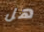
هل